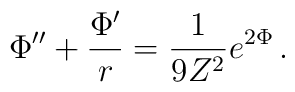
\Phi'' + \frac{\Phi'}{r} = \frac{1}{9Z^2} e^{2\Phi}\,.